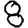
Digit: 8